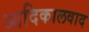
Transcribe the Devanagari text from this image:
आदिकालवाद